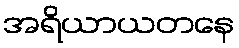
အရိယာယတနေ